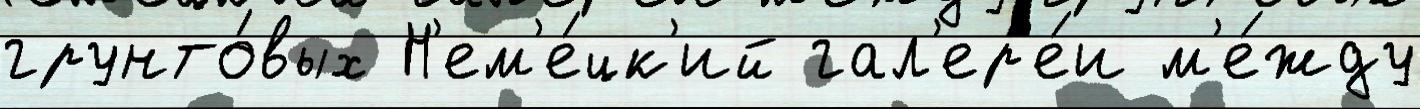
грунто́вых Н'ем'е́цк'ий гал'ер'е́и м'е́жду